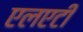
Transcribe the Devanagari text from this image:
एलएटी